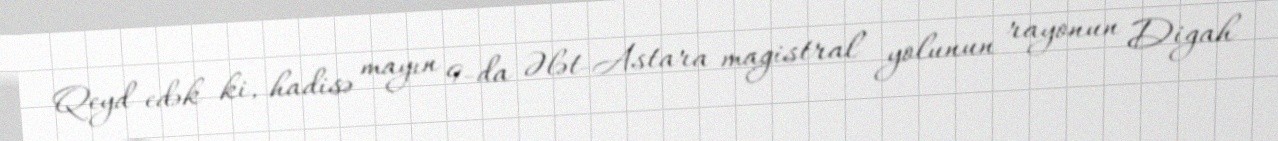
Qeyd edək ki, hadisə mayın 9-da Ələt-Astara magistral yolunun rayonun Digah